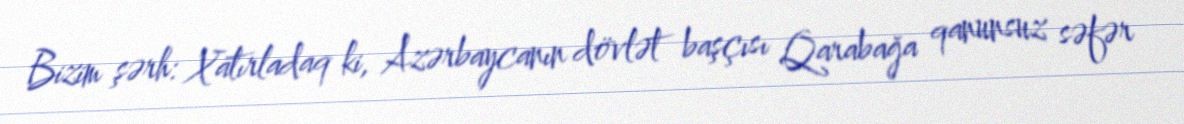
Bizim şərh: Xatırladaq ki, Azərbaycanın dövlət başçısı Qarabağa qanunsuz səfər